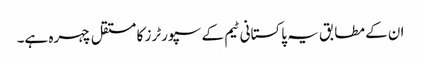
ان کے مطابق یہ پاکستانی ٹیم کے سپورٹرز کا مستقل چہرہ ہے۔